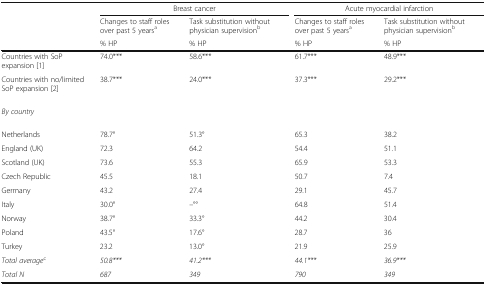
<table><thead><tr><td></td><td colspan="2"><b>Breast cancer</b></td><td colspan="2"><b>Acute myocardial infarction</b></td></tr><tr><td></td><td><b>Changes to staff roles over past 5 years<sup>a</sup></b></td><td><b>Task substitution without physician supervision<sup>b</sup></b></td><td><b>Changes to staff roles over past 5 years<sup>a</sup></b></td><td><b>Task substitution without physician supervision<sup>b</sup></b></td></tr><tr><td></td><td><b>% HP</b></td><td><b>% HP</b></td><td><b>% HP</b></td><td><b>% HP</b></td></tr></thead><tbody><tr><td>Countries with SoP expansion [1]</td><td>74.0***</td><td>58.6***</td><td>61.7***</td><td>48.9***</td></tr><tr><td>Countries with no/limited SoP expansion [2]</td><td>38.7***</td><td>24.0***</td><td>37.3***</td><td>29.2***</td></tr><tr><td colspan="5"><i>By country</i></td></tr><tr><td>Netherlands</td><td>78.7°</td><td>51.3°</td><td>65.3</td><td>38.2</td></tr><tr><td>England (UK)</td><td>72.3</td><td>64.2</td><td>54.4</td><td>51.1</td></tr><tr><td>Scotland (UK)</td><td>73.6</td><td>55.3</td><td>65.9</td><td>53.3</td></tr><tr><td>Czech Republic</td><td>45.5</td><td>18.1</td><td>50.7</td><td>7.4</td></tr><tr><td>Germany</td><td>43.2</td><td>27.4</td><td>29.1</td><td>45.7</td></tr><tr><td>Italy</td><td>30.0°</td><td>–°°</td><td>64.8</td><td>51.4</td></tr><tr><td>Norway</td><td>38.7°</td><td>33.3°</td><td>44.2</td><td>30.4</td></tr><tr><td>Poland</td><td>43.5°</td><td>17.6°</td><td>28.7</td><td>36</td></tr><tr><td>Turkey</td><td>23.2</td><td>13.0°</td><td>21.9</td><td>25.9</td></tr><tr><td><i>Total average</i><sup>c</sup></td><td><i>50.8***</i></td><td><i>41.2***</i></td><td><i>44.1***</i></td><td><i>36.9***</i></td></tr><tr><td><i>Total N</i></td><td><i>687</i></td><td><i>349</i></td><td><i>790</i></td><td><i>349</i></td></tr></tbody></table>